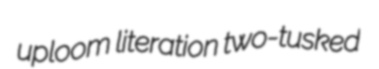
uploom literation two-tusked